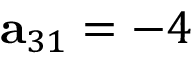
\mathbf { a } _ { 3 1 } = - 4